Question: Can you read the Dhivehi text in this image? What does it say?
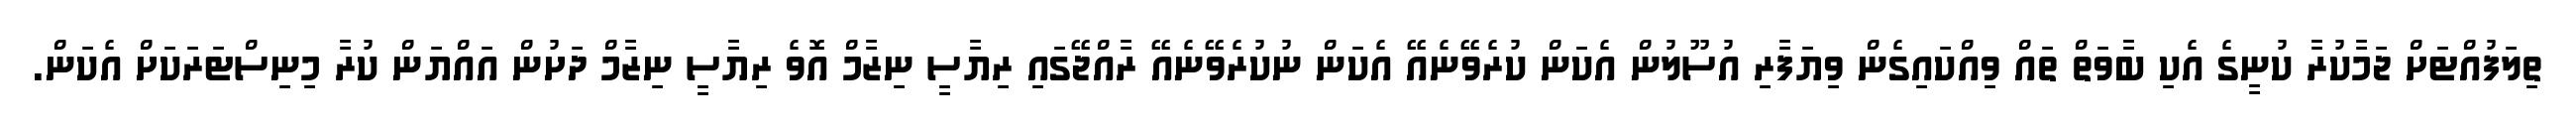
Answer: ތިލަފުއްޓަށް ޖަމާކުރާ ކުނީގެ އެކި ބާވަތް ތައް ވިއްކައިގެން ވިޔަފާރި އުސޫލުން އެކަން ކުރެވޭނެއޭ އެކަން ނުކުރެވޭނެއޭ ރާއްޖޭގައި ރިޔާސީ ނިޒާމް އޮވެ ރިޔާސީ ނިޒާމް ދަށުން އައްޔަން ކުރާ މިނިސްޓަރަކަށް އެކަން.